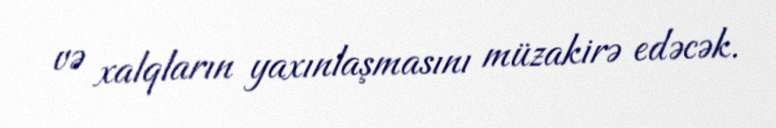
və xalqların yaxınlaşmasını müzakirə edəcək.